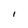
Character: 1